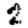
Digit: 2